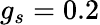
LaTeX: g_{s}=0.2